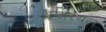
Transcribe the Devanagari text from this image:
इज़रयल